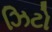
ઝિટો